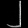
Digit: ၂